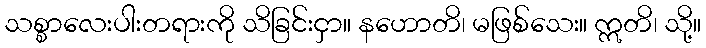
သစ္စာလေးပါးတရားကို သိခြင်းငှာ။ နဟောတိ၊ မဖြစ်သေး။ ဣတိ၊ သို့။